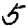
Digit: 5